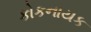
કોકનાયક